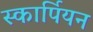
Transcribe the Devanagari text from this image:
स्कार्पियन